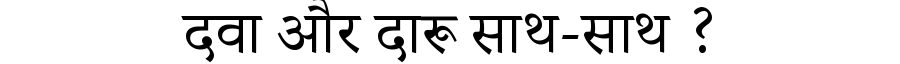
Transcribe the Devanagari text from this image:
दवा और दारू साथ-साथ ?